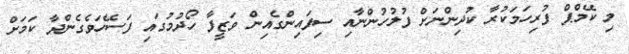
މި ކޭމްޕް ފުރިހަމަކުރާ ކުދިންނަށް ފުލުހުންނާއި ސިފައިންގެއިން ވަޒީފާ ހޯދުމުގައި ފަސޭހަވެގެންދާ ކަމަށް